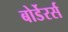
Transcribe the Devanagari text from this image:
बोर्डेरर्स